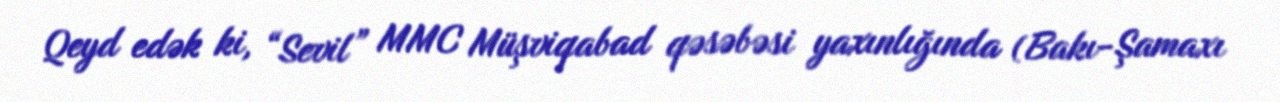
Qeyd edək ki, “Sevil” MMC Müşviqabad qəsəbəsi yaxınlığında (Bakı-Şamaxı